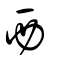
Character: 西